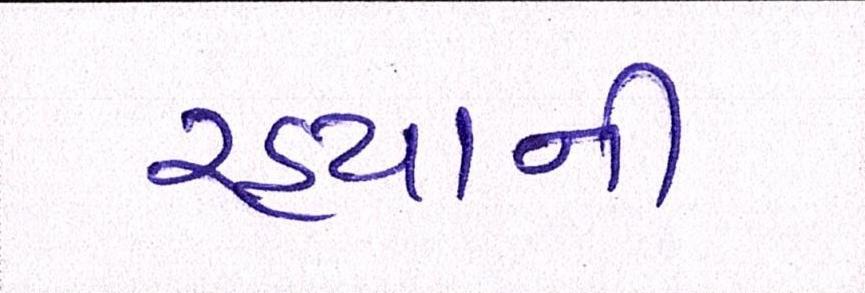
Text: રહ્યાની